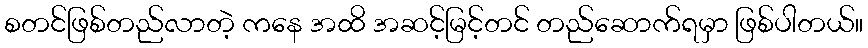
စတင်ဖြစ်တည်လာတဲ့ ကနေ အထိ အဆင့်မြင့်တင် တည်ဆောက်ရမှာ ဖြစ်ပါတယ်။